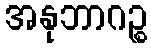
အနုဘာဂဉ္စ